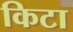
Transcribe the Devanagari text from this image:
किटा